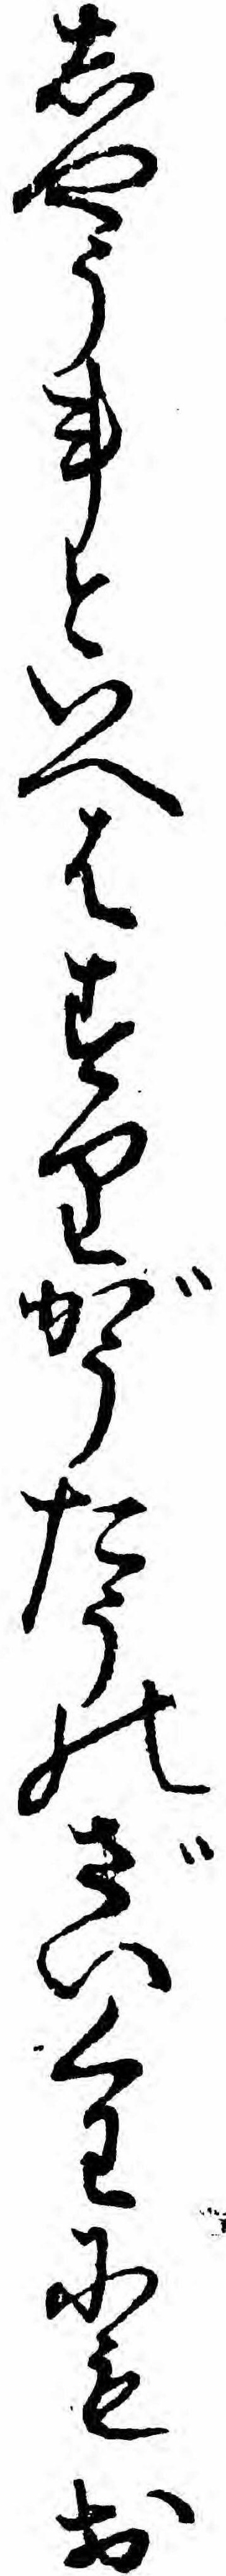
しやう事といへはすりがうたうのざいくわにもお